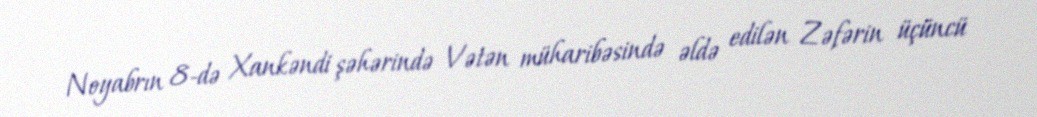
Noyabrın 8-də Xankəndi şəhərində Vətən müharibəsində əldə edilən Zəfərin üçüncü